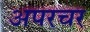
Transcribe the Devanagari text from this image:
अपरचर